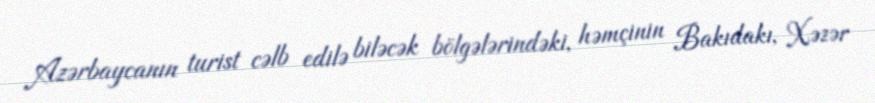
Azərbaycanın turist cəlb edilə biləcək bölgələrindəki, həmçinin Bakıdakı, Xəzər